Vital statistics of India. Vol. IV, Annual returns from 1871 to 1876. British Army of India, Native Army and jails of Bengal
Year: 1871
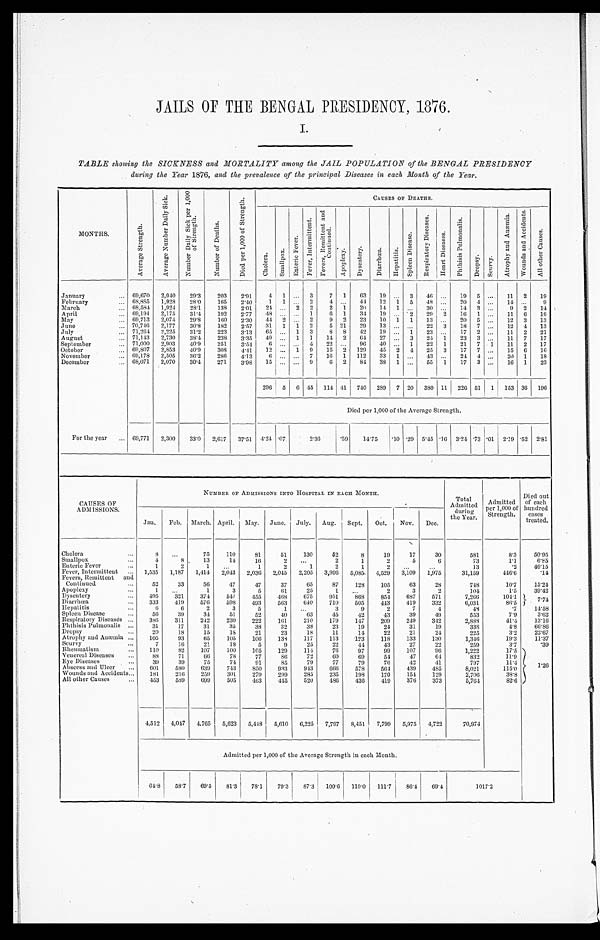
JAILS OF THE BENGAL PRESIDENCY, 1876.
I.
TABLE showing the SICKNESS and MORTALITY among the JAIL POPULATION of the BENGAL PRESIDENCY
during the Year 1876, and the prevalence of the principal Diseases in each Month of the Year.
MONTHS.
A v e r a g e S t r e n g t h .
A v e r a g e N u m b e r D a i l y S i c k . N u m b e r D a i l y S i c k p e r 1 , 0 0 0
o f S t r e n g t h .
N u m b e r o f D e a t h s .
D i e d p e r 1 , 0 0 0 o f S t r e n g t h .
CAUSES OF DEATHS.
C h o l e r a . S m a l l p o x .
E n t e r i c F e v e r .
F e v e r , I n t e r m i t t t e n t . F e v e r s , R e m i t t e n t a n d
C o n t i n u e d .
A p o p l e x y . D y s e n t e r y .
D i a r r h œ a . H e p a t i t i s .
S p l e e n D i s e a s e .
R e s p i r a t o r y D i s e a s e s .
H e a r t D i s e a s e s .
P h i t h i s i s P u l m o n a l i s .
D r o p s y .
S c u r v y .
A t r o p h y a n d A n æ m i a . W o u n d s a n d A c c i d e n t s .
A l l o t h e r C a u s e s .
January
69,670 2,040 29.3 203 2.91 4 1
3 7 1 63 19
3 46
19 5
11 2 19
February
68,885 1,928 28.0 165 2.40 1 1
2 4
44 12 1 5 48
20 4
14
9
March
68,584 1,924 28.1 138 2.01 24
2 2 2 1 20 14 1
30
14 3
9 2 14
April
69,194 2,175 31.4 192 2.77 48
1 6 1 34 19
2 29 2 16 1
11 6 1 6
May
69,713 2,074 29.8 160 2.30 44 2
2 9 2 23 10 1 1 13
20 5
12 3 13
June
70,746 2,177 30.8 182 2.57 31 1 1 2 5 21 29 13
22 3 18 7
12 4 13
July
71,264 2,225 31.2 223 3.13 65
1 3 8 8 42 19
1 23
17 2
11 2 21
August
71,143 2,730 38.4 238 3.35 40
1 1 14 2 64 27
3 24 1 23 3
11 7 17
September
71,000 2,903 40.9 251 3.54 6
4 22
96 40
1 22 1 21 7 1 11 2 17
October
69,807 2,853 40.9 308
4 . 4 1 12
1 9 15 2 129 45 2 4 25 3 17 7
15 6 16
November
69,178 2,505
3 6 . 2 286 4.13 6
7 16 1 112 33 1
4 3
24 4
20 1 1 8
December
68,071 2,070 30.4 271 3.98 15
9 6 2 84 38 1
55 1 17 3
16 1 23
296 5 6 45 114 41 740 289 7 20 380 11 226 51 1 153 36 196
Died per 1,000 of the Average Strength.
For the year
69,771 2,300 33.0 2,617 37.51 4.24 . 0 7
2.36 .59 14.75.10 .29 5.45 .16 3.24 .73 .01 2.19 .52 2 . 8 1
CAUSES OF
ADMISSIONS.
NUMBER OF ADMISSIONS INTO HOSPITAL IN EACH MONTH.
Total
Admitted durin
g
the Year.
Admitted
per 1,000 of
Strength.
Died out
of each
hundred cases
treated.
Jan. Feb. March. April. May. June. July. Aug. Sept. Oct. Nov. Dec.
Cholera
8
75 110 81 51 130 52
8 19 17 30
581
8.3 5 0 . 9 5
Smallpox
4
8 13 14 16
2
2
1
2
5
6
73
1.1 6 . 8 5
Enteric Fever
1
2
1
1
2
1
2
1
2
13
.2 4 6 . 1 5
Fever, Intermittent
1,535 1,187 1,414 2,043 2,036 2,045 2,205 3,996 5,085. 4,529 3,109 1,975
31,159
446.6
.14
Fevers, Remittent and
Continued
52 33 56 47 47 37 65 87 128 105 63 28
748
10.7 1 5 . 2 4
Apoplexy
1
1
3
5 61 25
1
2
3
2
104
1.5 3 9 . 4 2
Dysentery
495 321 374 547 455 468 675 951 868 854 687 571
7,266
104.1 7.7
4
Diarrhœa
333 419 576 598 493 563 640 710 505 443 419 332
6,031
86.5
Hepatitis
6 6
2
3
5
1
3
9
2
7
4
48
.7 1 4 . 5 8
Spleen Disease
56 39 34 51 52 40 63 45 42 43 39 49
553
7.9 3 . 6 2
Respiratory Diseases
386 311 242 230 222 161 210 179 147 209 249 342
2,888
41.4 1 3 . 1 6
Phthisis Pulmonalis 31 17 31 35 38 32 38 23 19 24 31 19
338
4.8 6 6 . 8 6
Dropsy
20 18 15 18 21 23 18 11 14 22 21
24
225
3.2 2 2 . 6 7
Atrophy and Anæmia 105 93 65 105 106 138 117 113 123 118 133 130
1,346
19.3 1 1 . 3 7
Scurvy
7 16 21 18
5
9 25 22 44 43 27 22
259
3.7
.39
Rheumatism
110
8 2 107 100 105 129 114 76 97 99 107 96
1,222
17.5
1 . 2 6
Venereal Diseases
88 71 66 78 77 86 72 60 69 54 47 64
832
11.9
Eye Diseases
39 39 75 74 91 85 79 77 79 76 42 41
797
11.4
Abscess and Ulcer
601 580 639 743 850 933 943 666 578 564 439 485
8,021
115.0
Wounds and Accidents
181 216 259 301 279 299 285 235 198 170 154 129
2,706
38.8
All other Causes
453 589 699 505 463 445 520 486 436 419 376 373
5,764
82.6
4,512 4,047 4,765 5,623 5,448 5,610 6,225 7,797 8,451 7,799 5,975 4,722
70,974
Admitted per 1,000 of the Average Strength in each Month.
64.8 58.7 69.5 81.3 7 8 . 1
79.3 87.3 109.6 119.0 111.7 8 6 . 4
69.4
1 0 1 7 . 2